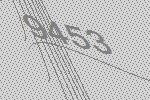
9453